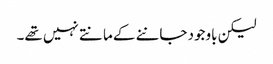
لیکن باوجود جاننے کے مانتے نہیں تھے۔